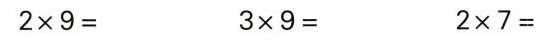
$$2 \times 9 =$$ $$3 \times 9 =$$ $$2 \times 7 =$$